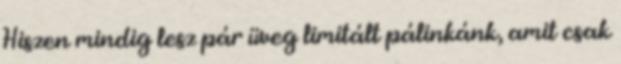
Hiszen mindig lesz pár üveg limitált pálinkánk, amit csak